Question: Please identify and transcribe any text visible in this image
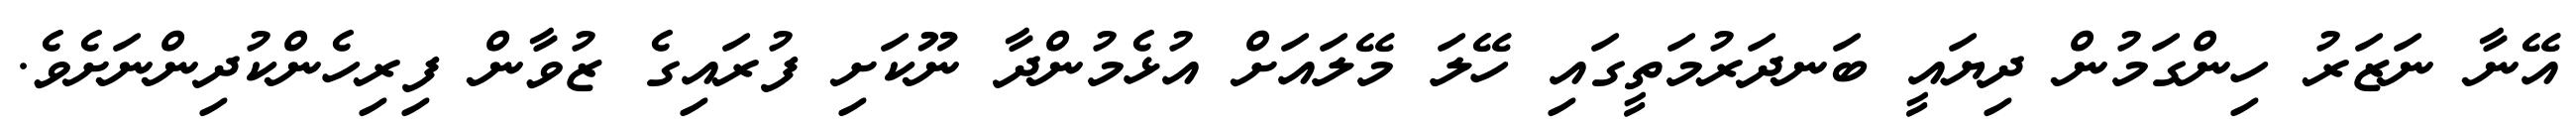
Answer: އޭނާ ނަޒަރު ހިންގަމުން ދިޔައީ ބަނދަރުމަތީގައި ހޭލަ މޭލައަށް އުޅެމުންދާ ނޫކަށި ފުރައިގެ ޒުވާން ފިރިހެންކުދިންނަށެވެ.